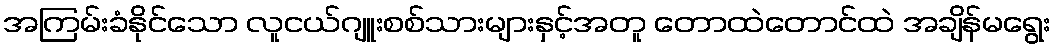
အကြမ်းခံနိုင်သော လူငယ်ဂျူးစစ်သားများနှင့်အတူ တောထဲတောင်ထဲ အချိန်မရွေး